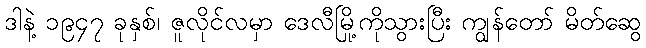
ဒါနဲ့ ၁၉၄၇ ခုနှစ်၊ ဇူလိုင်လမှာ ဒေလီမြို့ကိုသွားပြီး ကျွန်တော် မိတ်ဆွေ